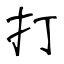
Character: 打